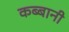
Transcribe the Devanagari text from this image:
कब्बानी